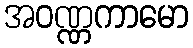
အဝဏ္ဏကာမော